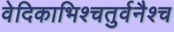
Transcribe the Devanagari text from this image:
वेदिकाभिश्चतुर्वनैश्च